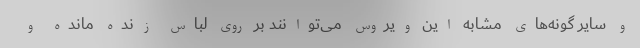
و سایر گونه‌های مشابه این ویروس می‌توانند بر روی لباس زنده مانده و